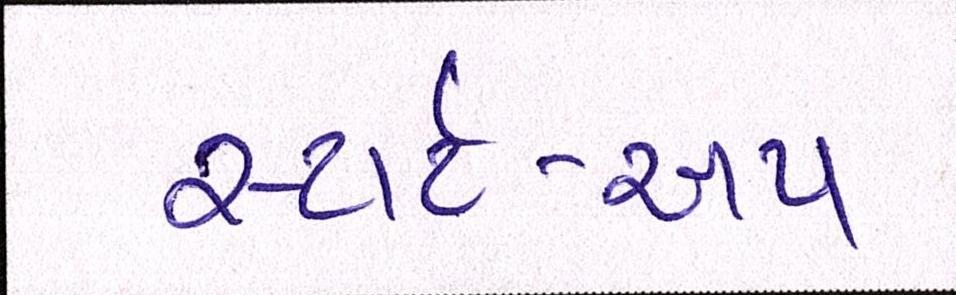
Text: સ્ટાર્ટ-અપ